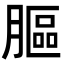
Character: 𦟾